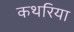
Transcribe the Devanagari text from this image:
कथरिया